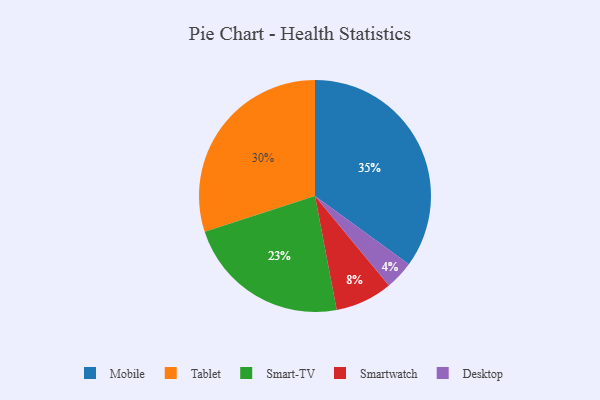
{"axis": {"x": "Category", "y": "Percentage"}, "legend": ["Desktop", "Mobile", "Smart-TV", "Smartwatch", "Tablet"], "data": [{"x": "Tablet", "y": 30, "type": "Tablet"}, {"x": "Desktop", "y": 4, "type": "Desktop"}, {"x": "Smartwatch", "y": 8, "type": "Smartwatch"}, {"x": "Smart-TV", "y": 23, "type": "Smart-TV"}, {"x": "Mobile", "y": 35, "type": "Mobile"}]}